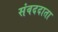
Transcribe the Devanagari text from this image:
संवददाता